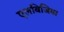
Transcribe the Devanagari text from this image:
एलबिजिया